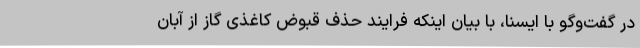
در گفت‌وگو با ایسنا، با بیان اینکه فرایند حذف قبوض کاغذی گاز از آبان